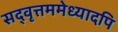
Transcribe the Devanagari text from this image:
सद्‌वृत्तममेध्यादपि